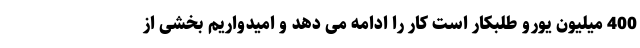
400 میلیون یورو طلبکار است کار را ادامه می دهد و امیدواریم بخشی از